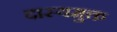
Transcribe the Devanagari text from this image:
दास्यमुक्त